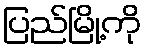
ပြည်မြို့ကို